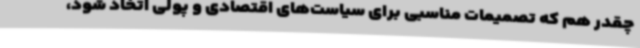
چقدر هم که تصمیمات مناسبی برای سیاست‌های اقتصادی و پولی اتخاذ شود،